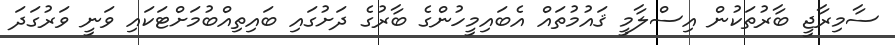
ސާމިރާޖީ ބާރުތަކުން އިސްލާމީ ޤައުމުތައް އެބައިމީހުންގެ ބާރުގެ ދަށުގައި ބައިތިއްބުމަށްޓަކައި ވަނީ ވަރުގަދަ